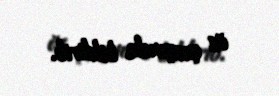
öz çıxışında bildirib.